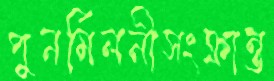
পুনর্মিলনীসংক্রান্ত